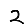
Digit: 2